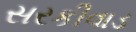
સરકીવાડ